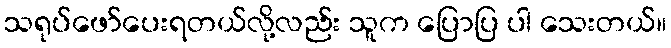
သရုပ်ဖော်ပေးရတယ်လို့လည်း သူက ပြောပြ ပါ သေးတယ်။